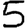
Digit: 5